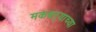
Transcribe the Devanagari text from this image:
मकबऱ्याच्या